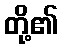
တို့၏